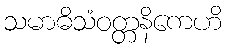
သမာဓိသံဝတ္တနိကေဟိ